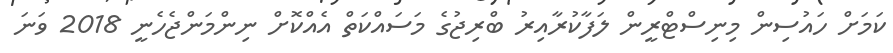
ކަމަށް ހައުސިން މިނިސްޓްރީން ލަފާކުރާއިރު ބްރިޖުގެ މަސައްކަތް އެއްކޮށް ނިންމަންޖެހެނީ 2018 ވަނަ